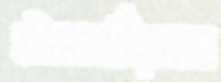
ইমমর্টালস